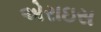
એરાઇસ